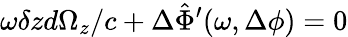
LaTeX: \omega\delta zd\Omega_{z}/c+\Delta\hat{\Phi}^{\prime}(\omega,\Delta\phi)=0